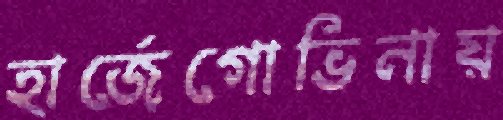
হার্জেগোভিনায়